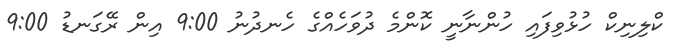
ކްލިނިކް ހުޅުވިފައި ހުންނާނީ ކޮންމެ ދުވަހެއްގެ ހެނދުނު 9:00 އިން ރޭގަނޑު 9:00